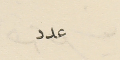
عدد